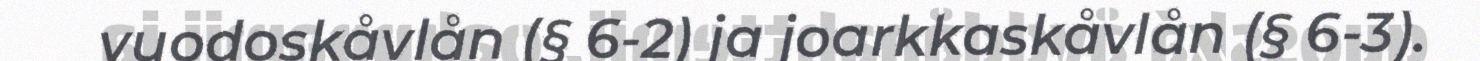
vuodoskåvlån (§ 6-2) ja joarkkaskåvlån (§ 6-3).